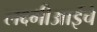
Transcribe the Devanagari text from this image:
लक्ष्मीआईचे